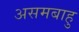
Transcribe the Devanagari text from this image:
असमबाहु